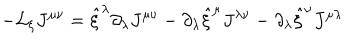
LaTeX: - { \cal L } _ { \xi } J ^ { \mu \nu } = \hat { \xi } ^ { \lambda } \partial _ { \lambda } J ^ { \mu \nu } - \partial _ { \lambda } \hat { \xi } ^ { \mu } J ^ { \lambda \nu } - \partial _ { \lambda } \hat { \xi } ^ { \nu } J ^ { \mu \lambda }